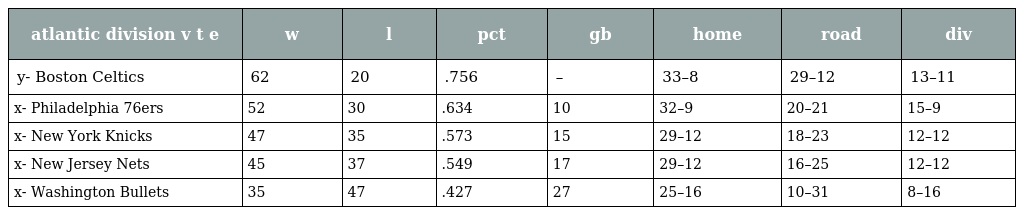
| atlantic division v t e | w | l | pct | gb | home | road | div |
 | --- | --- | --- | --- | --- | --- | --- | --- |
 | y- Boston Celtics | 62 | 20 | .756 | – | 33–8 | 29–12 | 13–11 |
 | x- Philadelphia 76ers | 52 | 30 | .634 | 10 | 32–9 | 20–21 | 15–9 |
 | x- New York Knicks | 47 | 35 | .573 | 15 | 29–12 | 18–23 | 12–12 |
 | x- New Jersey Nets | 45 | 37 | .549 | 17 | 29–12 | 16–25 | 12–12 |
 | x- Washington Bullets | 35 | 47 | .427 | 27 | 25–16 | 10–31 | 8–16 |